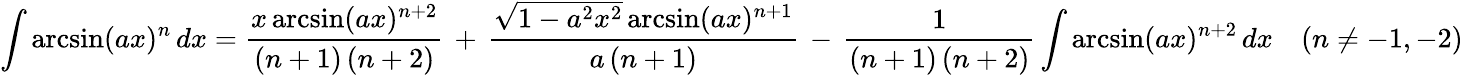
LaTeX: \int\arcsin(ax)^{n}\, dx={\frac{x\arcsin(ax)^{n+2}}{(n+1)\, (n+2)}}\, +\, {\frac{{\sqrt{1-a^{2}x^{2}}}\arcsin(ax)^{n+1}}{a\, (n+1)}}\, -\, {\frac{1}{(n+1)\, (n+2)}}\int\arcsin(ax)^{n+2}\, dx\quad(n\neq-1,-2)